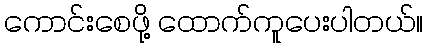
ကောင်းစေဖို့ ထောက်ကူပေးပါတယ်။